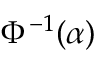
\Phi ^ { - 1 } ( \alpha )